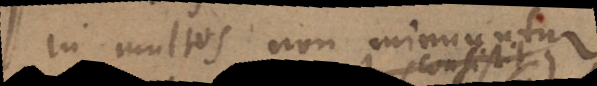
in multos non minuuntur,